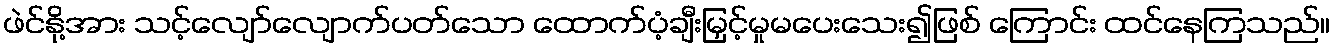
ဖဲင်နို့အား သင့်လျော်လျောက်ပတ်သော ထောက်ပံ့ချီးမြှင့်မှုမပေးသေး၍ဖြစ် ကြောင်း ထင်နေကြသည်။